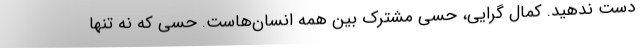
دست ندهید. کمال گرایی، حسی مشترک بین همه انسان‌هاست. حسی که نه تنها